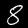
Digit: 8